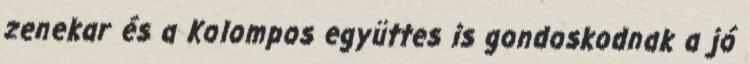
zenekar és a Kolompos együttes is gondoskodnak a jó